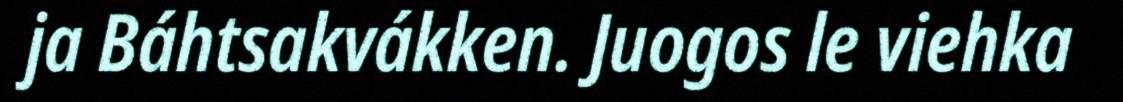
ja Báhtsakvákken. Juogos le viehka